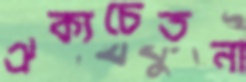
ঐক্যচেতনা